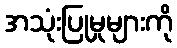
အသုံးပြုမှုများကို